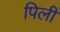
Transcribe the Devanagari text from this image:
पिलीं